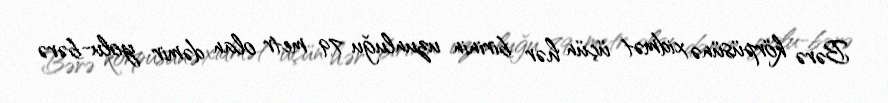
Bərə körpüsünə xidmət üçün hər birinin uzunluğu 79 metr olan dəmir yolu-bərə